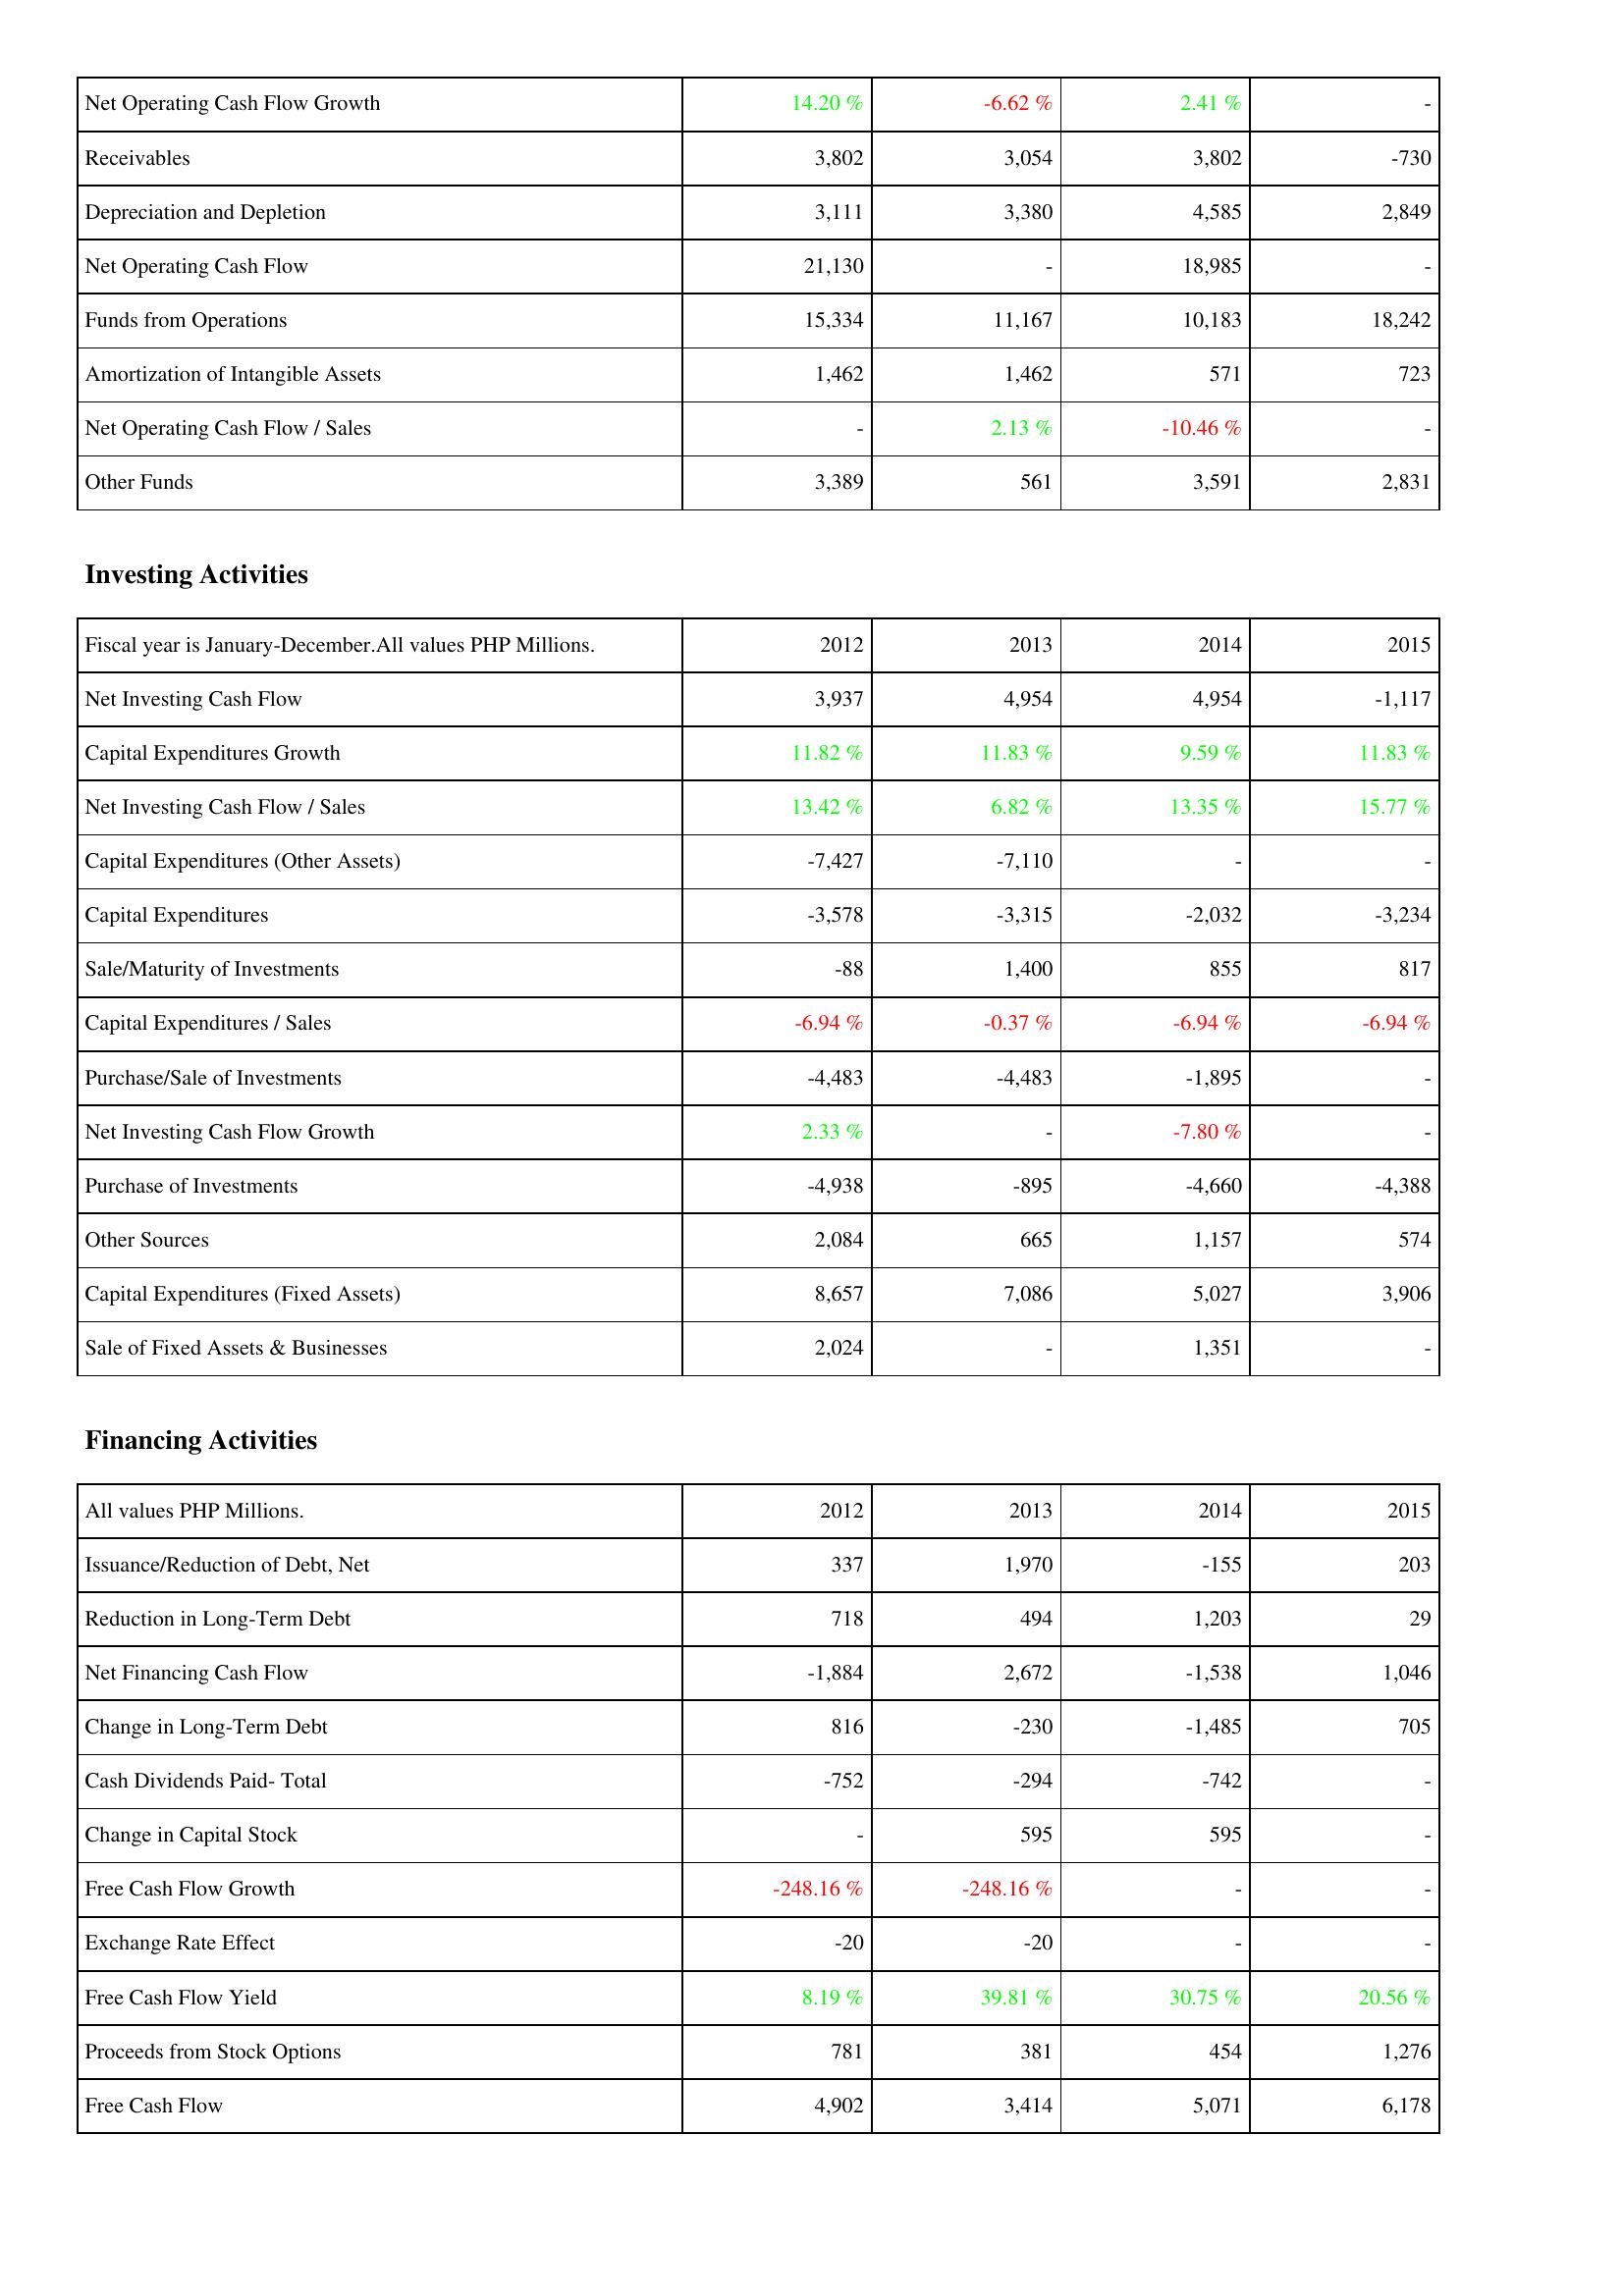
2012: Operating Activities: Net Operating Cash Flow Growth: 14.20 %
Receivables: 3,802
Depreciation and Depletion: 3,111
Net Operating Cash Flow: 21,130
Funds from Operations: 15,334
Amortization of Intangible Assets: 1,462
Net Operating Cash Flow / Sales: -
Other Funds: 3,389
Investing Activities: Net Investing Cash Flow: 3,937
Capital Expenditures Growth: 11.82 %
Net Investing Cash Flow / Sales: 13.42 %
Capital Expenditures (Other Assets): -7,427
Capital Expenditures: -3,578
Sale/Maturity of Investments: -88
Capital Expenditures / Sales: -6.94 %
Purchase/Sale of Investments: -4,483
Net Investing Cash Flow Growth: 2.33 %
Purchase of Investments: -4,938
Other Sources: 2,084
Capital Expenditures (Fixed Assets): 8,657
Sale of Fixed Assets & Businesses: 2,024
Financing Activities: Issuance/Reduction of Debt, Net: 337
Reduction in Long-Term Debt: 718
Net Financing Cash Flow: -1,884
Change in Long-Term Debt: 816
Cash Dividends Paid- Total: -752
Change in Capital Stock: -
Free Cash Flow Growth: -248.16 %
Exchange Rate Effect: -20
Free Cash Flow Yield: 8.19 %
Proceeds from Stock Options: 781
Free Cash Flow: 4,902
2013: Operating Activities: Net Operating Cash Flow Growth: -6.62 %
Receivables: 3,054
Depreciation and Depletion: 3,380
Net Operating Cash Flow: -
Funds from Operations: 11,167
Amortization of Intangible Assets: 1,462
Net Operating Cash Flow / Sales: 2.13 %
Other Funds: 561
Investing Activities: Net Investing Cash Flow: 4,954
Capital Expenditures Growth: 11.83 %
Net Investing Cash Flow / Sales: 6.82 %
Capital Expenditures (Other Assets): -7,110
Capital Expenditures: -3,315
Sale/Maturity of Investments: 1,400
Capital Expenditures / Sales: -0.37 %
Purchase/Sale of Investments: -4,483
Net Investing Cash Flow Growth: -
Purchase of Investments: -895
Other Sources: 665
Capital Expenditures (Fixed Assets): 7,086
Sale of Fixed Assets & Businesses: -
Financing Activities: Issuance/Reduction of Debt, Net: 1,970
Reduction in Long-Term Debt: 494
Net Financing Cash Flow: 2,672
Change in Long-Term Debt: -230
Cash Dividends Paid- Total: -294
Change in Capital Stock: 595
Free Cash Flow Growth: -248.16 %
Exchange Rate Effect: -20
Free Cash Flow Yield: 39.81 %
Proceeds from Stock Options: 381
Free Cash Flow: 3,414
2014: Operating Activities: Net Operating Cash Flow Growth: 2.41 %
Receivables: 3,802
Depreciation and Depletion: 4,585
Net Operating Cash Flow: 18,985
Funds from Operations: 10,183
Amortization of Intangible Assets: 571
Net Operating Cash Flow / Sales: -10.46 %
Other Funds: 3,591
Investing Activities: Net Investing Cash Flow: 4,954
Capital Expenditures Growth: 9.59 %
Net Investing Cash Flow / Sales: 13.35 %
Capital Expenditures (Other Assets): -
Capital Expenditures: -2,032
Sale/Maturity of Investments: 855
Capital Expenditures / Sales: -6.94 %
Purchase/Sale of Investments: -1,895
Net Investing Cash Flow Growth: -7.80 %
Purchase of Investments: -4,660
Other Sources: 1,157
Capital Expenditures (Fixed Assets): 5,027
Sale of Fixed Assets & Businesses: 1,351
Financing Activities: Issuance/Reduction of Debt, Net: -155
Reduction in Long-Term Debt: 1,203
Net Financing Cash Flow: -1,538
Change in Long-Term Debt: -1,485
Cash Dividends Paid- Total: -742
Change in Capital Stock: 595
Free Cash Flow Growth: -
Exchange Rate Effect: -
Free Cash Flow Yield: 30.75 %
Proceeds from Stock Options: 454
Free Cash Flow: 5,071
2015: Operating Activities: Net Operating Cash Flow Growth: -
Receivables: -730
Depreciation and Depletion: 2,849
Net Operating Cash Flow: -
Funds from Operations: 18,242
Amortization of Intangible Assets: 723
Net Operating Cash Flow / Sales: -
Other Funds: 2,831
Investing Activities: Net Investing Cash Flow: -1,117
Capital Expenditures Growth: 11.83 %
Net Investing Cash Flow / Sales: 15.77 %
Capital Expenditures (Other Assets): -
Capital Expenditures: -3,234
Sale/Maturity of Investments: 817
Capital Expenditures / Sales: -6.94 %
Purchase/Sale of Investments: -
Net Investing Cash Flow Growth: -
Purchase of Investments: -4,388
Other Sources: 574
Capital Expenditures (Fixed Assets): 3,906
Sale of Fixed Assets & Businesses: -
Financing Activities: Issuance/Reduction of Debt, Net: 203
Reduction in Long-Term Debt: 29
Net Financing Cash Flow: 1,046
Change in Long-Term Debt: 705
Cash Dividends Paid- Total: -
Change in Capital Stock: -
Free Cash Flow Growth: -
Exchange Rate Effect: -
Free Cash Flow Yield: 20.56 %
Proceeds from Stock Options: 1,276
Free Cash Flow: 6,178